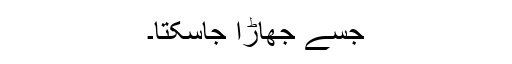
جسے جھاڑا جاسکتا۔